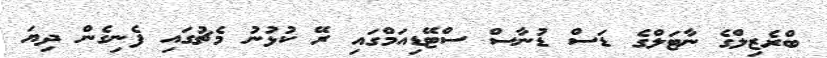
ބްރެޒިލްގެ ނާޓަލްގެ ޑަސް ޑުނާސް ސްޓޭޑިއަމްގައި ރޭ ކުޅުނު މެޗުގައި ފެނިގެން ދިޔަ